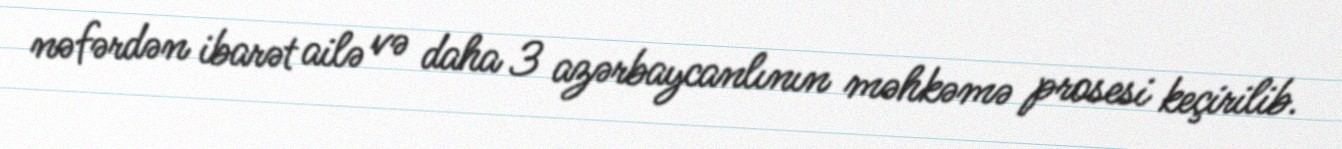
nəfərdən ibarət ailə və daha 3 azərbaycanlının məhkəmə prosesi keçirilib.